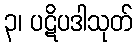
၃၊ ပဋိပဒါသုတ်